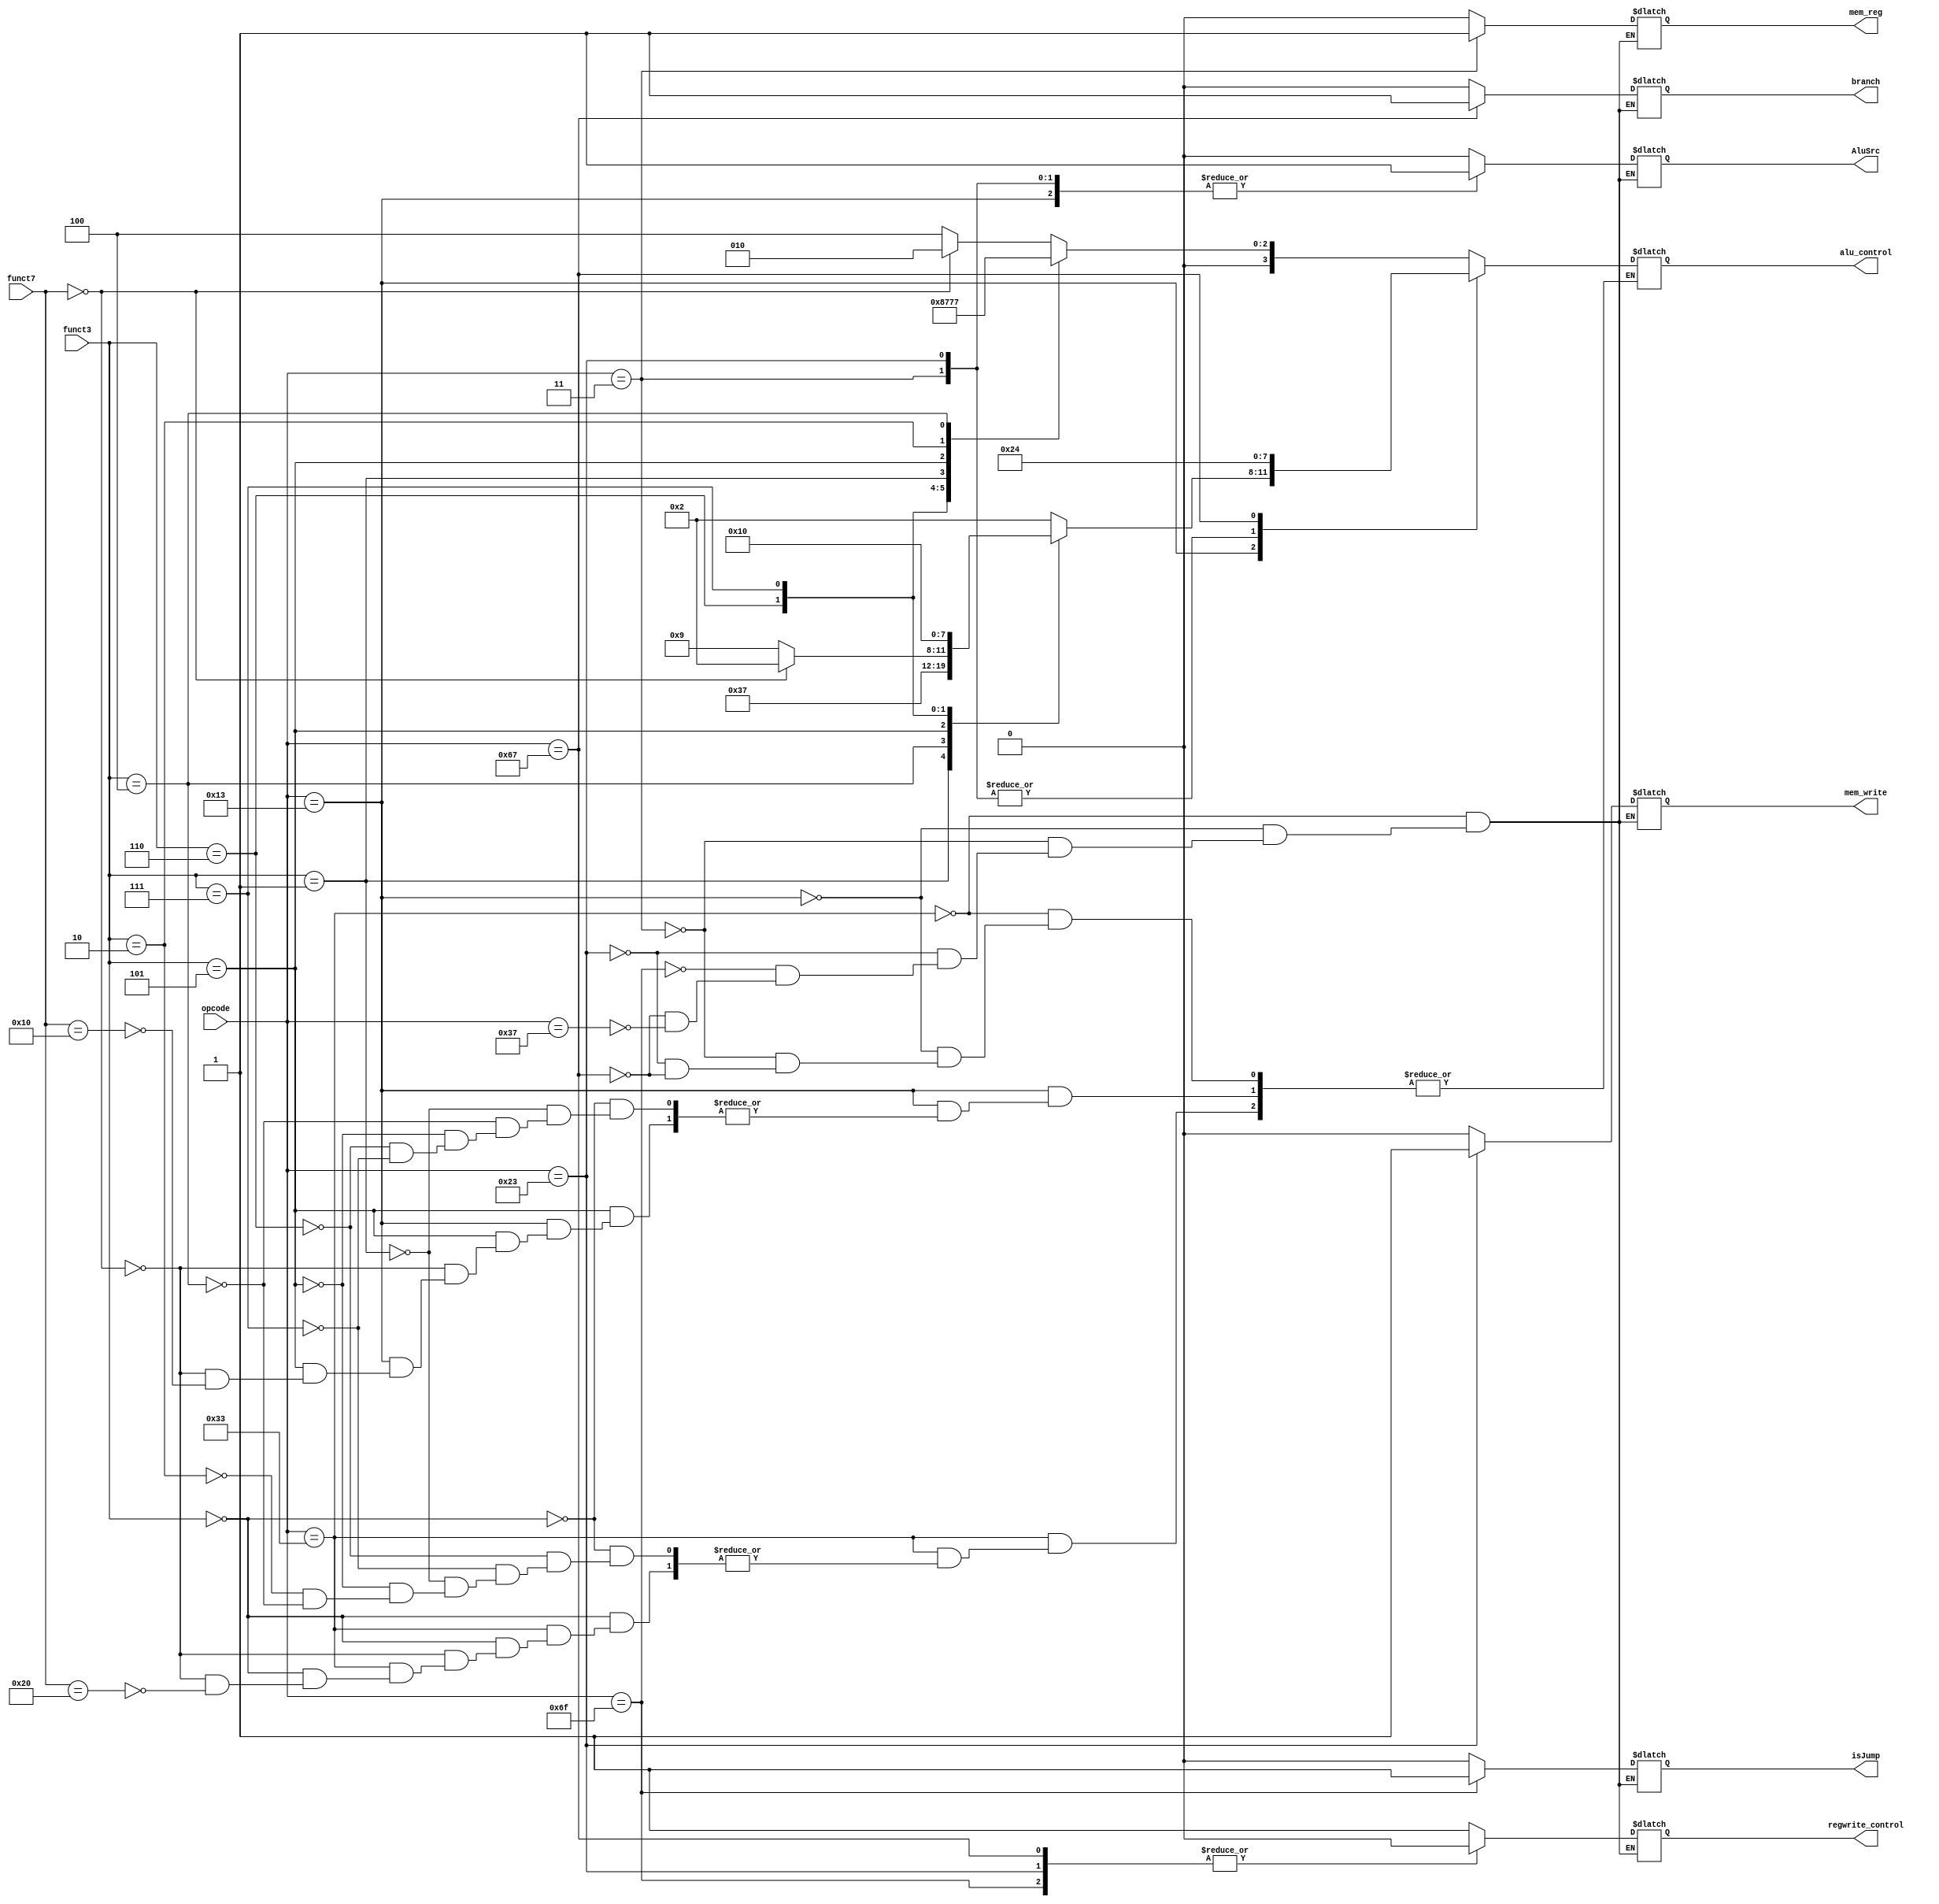
module Control_path(funct7,funct3,opcode,alu_control,regwrite_control,
AluSrc,mem_write,mem_reg,branch,isJump);
 input [6:0] funct7;
 input [2:0] funct3;
 input [6:0] opcode;
 output reg [3:0] alu_control;
 output reg regwrite_control;
 output reg AluSrc;
 output reg mem_write;
// output reg mem_read;
 output reg mem_reg;
 output reg isJump;
 output reg branch;
    
    always @(funct3 , funct7 , opcode)
    begin
        case(opcode)
         7'b0110011: begin // R-type instructions                        
            //mem_read = 0;
            mem_reg = 0;
            mem_write = 0;
            AluSrc = 0;
            regwrite_control = 1;
            isJump = 0;
            branch = 0;
            
        
            case (funct3)
                0: begin
                    if(funct7 == 0)
                    alu_control = 4'b0010; // ADD
                    else if(funct7 == 32)
                    alu_control = 4'b0100; // SUB
                end
                6: alu_control = 4'b0001; // OR
                7: alu_control = 4'b0000; // AND
                1: alu_control = 4'b0011; // SLL
                5: alu_control = 4'b0101; // SRL
				2: alu_control = 4'b0110; // MUL
				4: alu_control = 4'b0111; // XOR
            endcase
            end
            
                  7'b0010011:  // Arithmetic Immediate Instructions
           begin
            AluSrc = 1;
          //  mem_read = 0;
            mem_reg = 0;
            mem_write = 0;
            regwrite_control = 1;
            isJump = 0;
             branch = 0;
            
                 case (funct3)
                 0: alu_control = 4'b0010; //ADDI
                 1: alu_control = 4'b0011; //SLLI
                 4: alu_control = 4'b0111; //XORI
                 5: begin
                    if(funct7 == 7'b0000000)
                    alu_control = 4'b0010; // Shift Right Immediate
                    else if(funct7 == 16)
                    alu_control = 4'b1001; //Shift Right Arithmetic Immediate
                    end 
                 6: alu_control = 4'b0001; //ORI
                 7: alu_control = 4'b0000; //ANDI
                 endcase
                 end
                 
                 
                 7'b0000011:  // Load word Instructions
           begin
           // mem_read = 1;
            mem_reg = 1;
            mem_write = 0;
            AluSrc = 1;
            regwrite_control = 1;
            isJump = 0;
             branch = 0;
            alu_control = 4'b0010;
            end
                 
                 7'b0100011: // Store word Instructions
           begin
            mem_write = 1;
         //   mem_read = 0;
            AluSrc = 1;
            mem_reg = 0;
            regwrite_control = 0;
            isJump = 0;
             branch = 0;
            alu_control = 4'b0010;
                
                 end
                 
                7'b1101111:  // Jump and link Instructions
           begin
            mem_write = 0;
//            mem_read = 0;
            AluSrc = 0;
            regwrite_control = 0;
            isJump = 1;
             branch = 0;
             mem_reg = 0;
            end
            
                7'b1100111: // Branch Instructions
           begin
            mem_write = 0;
        //    mem_read = 0;
        mem_reg = 0;
            AluSrc = 0;
            regwrite_control = 0;
            isJump = 0;
             branch = 1;
             alu_control = 4'b0100; // SUB
            end
            
               7'b0110111: // Lower upper immediate
           begin
            mem_write = 0;
        //    mem_read = 0;
            AluSrc = 0;
            regwrite_control = 1;
            isJump = 0;
             branch = 0;
             mem_reg = 0;
            end 
           
            
            
            endcase
            end
            
            
              
            
                                                                                                                                                                          
endmodule